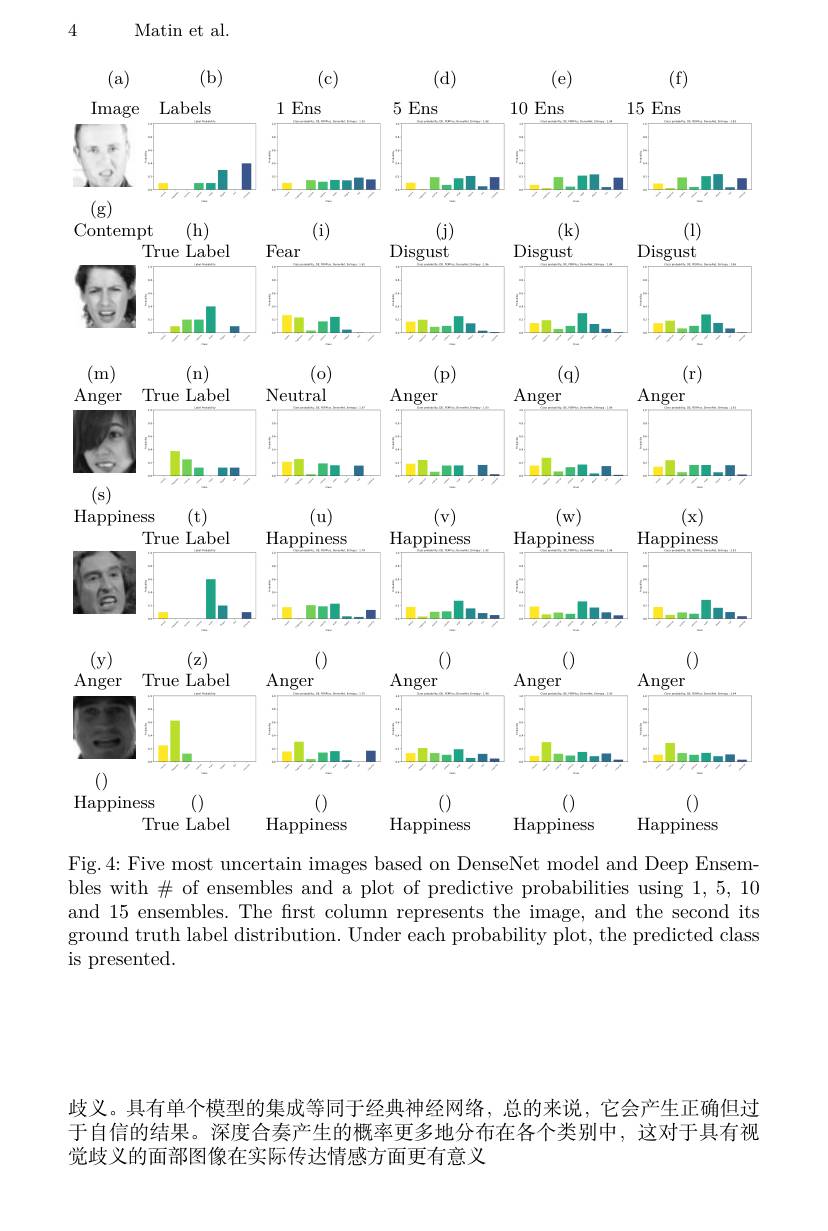
<FigureHere>

Fig.4: Five most uncertain images based on DenseNet model and Deep Ensem- $\bar{\text{bles with}\#\text{ of ensembles and a plot of predictive probabilities using }1,5,10}$ and 15 ensembles. The first column represents the image, and the second its ground truth label distribution. Under each probability plot, the predicted class is presented.

歧义。具有单个模型的集成等同于经典神经网络，总的来说，它会产生正确但过于自信的结果。深度合奏产生的概率更多地分布在各个类别中，这对于具有视觉歧义的面部图像在实际传达情感方面更有意义